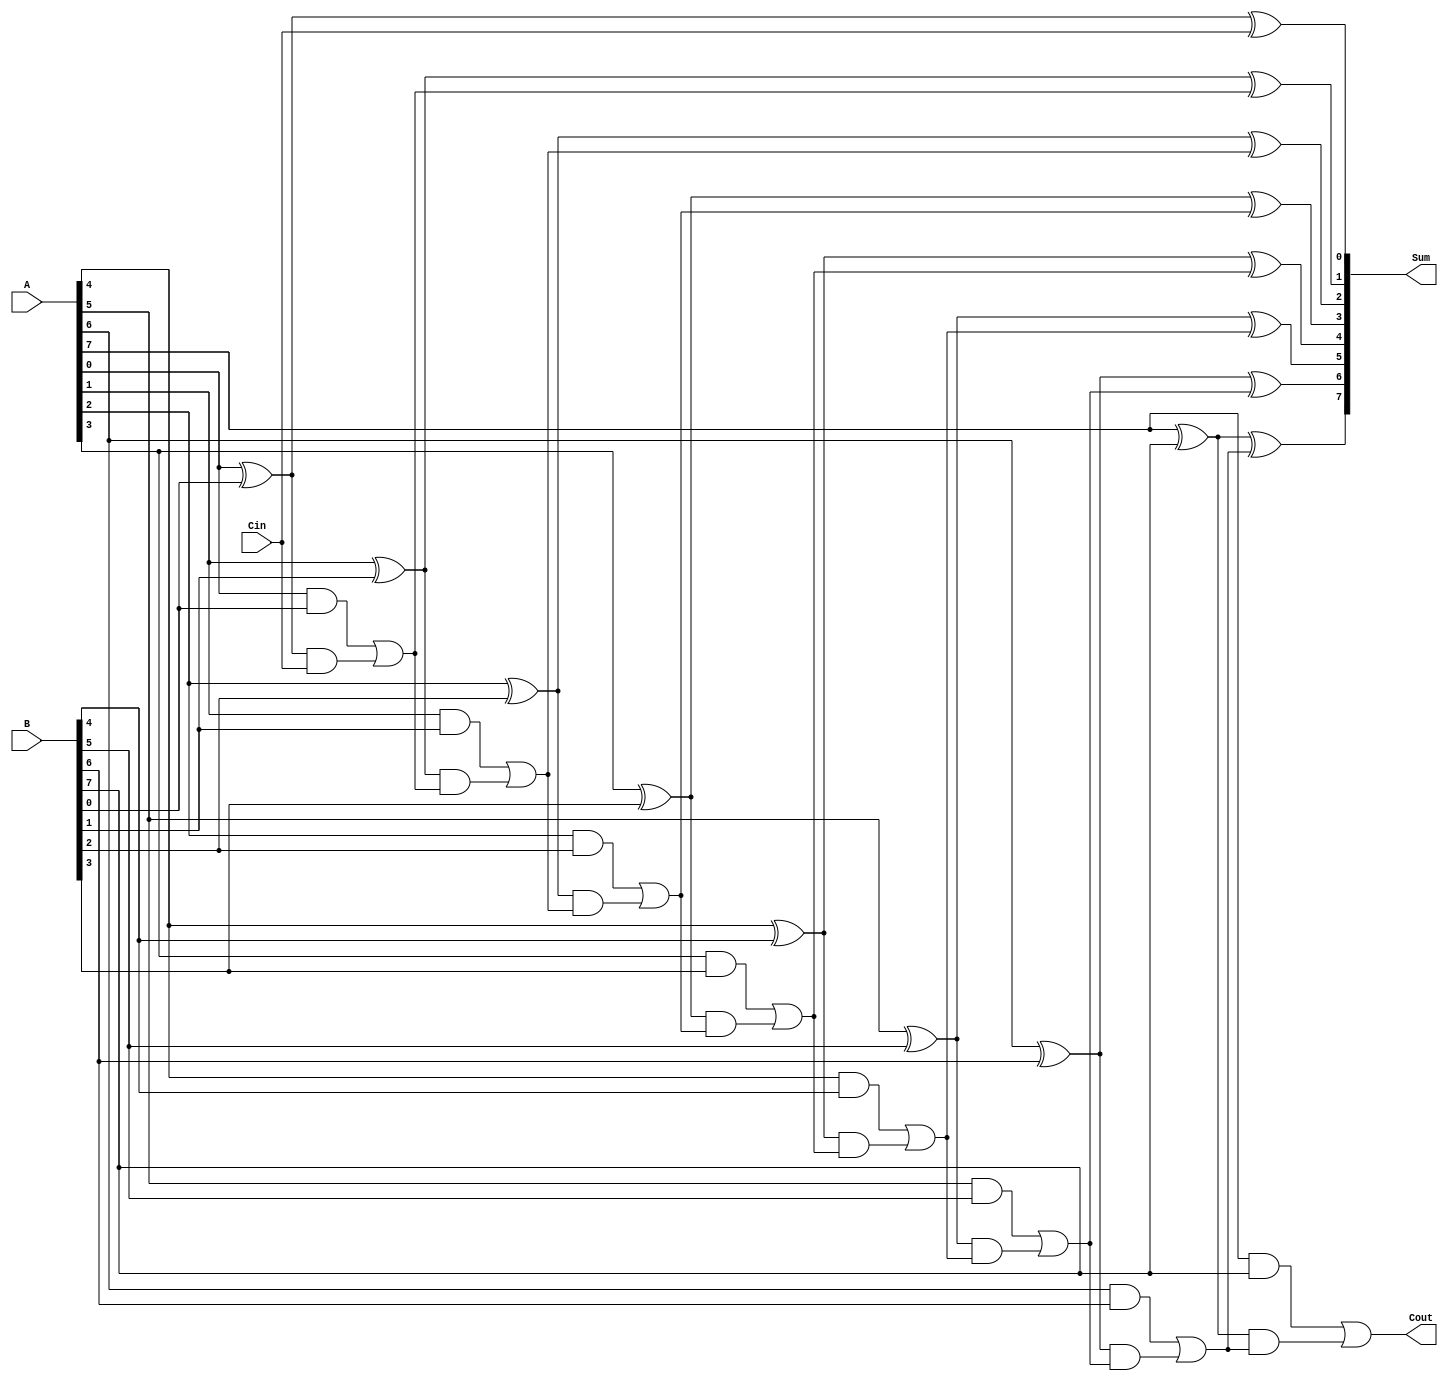
module ConditionalSumFullAdder #(parameter n = 8) (
    input  [n-1:0] A,     // First input operand
    input  [n-1:0] B,     // Second input operand
    input          Cin,    // Carry input
    output [n-1:0] Sum,    // Resulting sum
    output         Cout     // Carry output
);
    
    wire [n-1:0] P;  // Partial sum (propagate)
    wire [n-1:0] G;  // Generate carry
    wire [n:0] C;    // Carry signals

    // Step 1: Compute Partial Sums and Generate Carries
    genvar i;
    generate
        for (i = 0; i < n; i = i + 1) begin : gen_partial
            assign P[i] = A[i] ^ B[i]; // Partial sum without carry
            assign G[i] = A[i] & B[i]; // Generate carry
        end
    endgenerate

    // Step 2: Calculate Carry Signals
    assign C[0] = Cin; // Carry input for LSB
    generate
        for (i = 1; i <= n; i = i + 1) begin : gen_carry
            assign C[i] = G[i-1] | (P[i-1] & C[i-1]); // Conditional carry calculation
        end
    endgenerate

    // Step 3: Calculate Sum
    generate
        for (i = 0; i < n; i = i + 1) begin : gen_sum
            assign Sum[i] = P[i] ^ C[i]; // Final sum calculation
        end
    endgenerate

    // Step 4: Final Carry Output
    assign Cout = C[n]; // Final carry output

endmodule